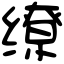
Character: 缭